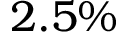
2 . 5 \%